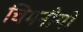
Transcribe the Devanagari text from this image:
चिमनीयों